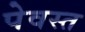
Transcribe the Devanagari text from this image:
पेवस्त